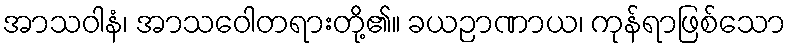
အာသဝါနံ၊ အာသဝေါတရားတို့၏။ ခယဉာဏာယ၊ ကုန်ရာဖြစ်သော